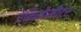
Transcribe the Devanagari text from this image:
ऐनिमोमीटर